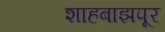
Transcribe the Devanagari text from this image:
शाहबाझपूर